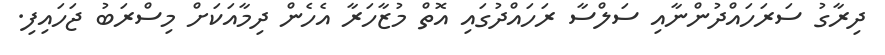
ދިރާގު ސަރަހައްދުންނާއި ސަލްސާ ރަހައްދުގައި އޮތް މުޒާހަރާ އެހެން ދިމާއަކަށް މިސްރަބު ޖަހައިފި.